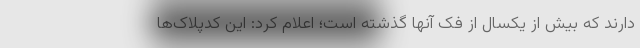
دارند که بیش از یکسال از فک آنها گذشته است؛ اعلام کرد: این کدپلاک‌ها